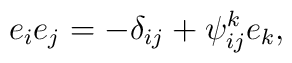
e_{i}e_{j}=-\delta _{ij}+\psi _{ij}^{k}e_{k},